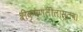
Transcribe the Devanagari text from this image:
श्रीकृष्णलीलास्तव।